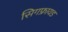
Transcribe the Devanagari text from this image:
सिगफ्रायड